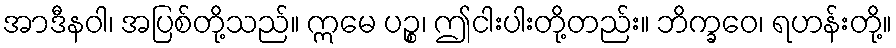
အာဒီနဝါ၊ အပြစ်တို့သည်။ ဣမေ ပဉ္စ၊ ဤငါးပါးတို့တည်း။ ဘိက္ခဝေ၊ ရဟန်းတို့။